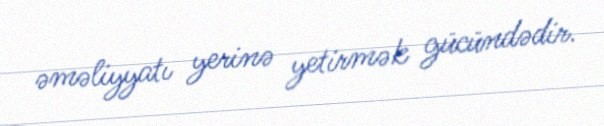
əməliyyatı yerinə yetirmək gücündədir.